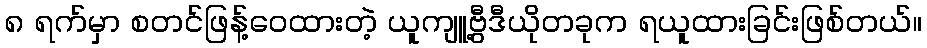
၈ ရက်မှာ စတင်ဖြန့်ဝေထားတဲ့ ယူကျူ့ဗွီဒီယိုတခုက ရယူထားခြင်းဖြစ်တယ်။